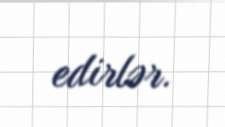
edirlər.